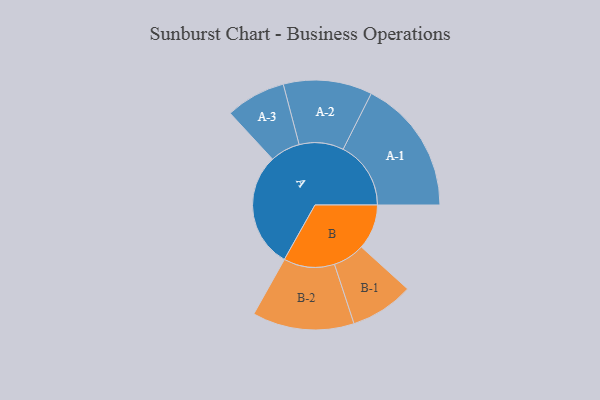
{"axis": {"x": "Segment", "y": "Value"}, "legend": ["", "A", "B"], "data": [{"x": "A", "y": 481, "type": ""}, {"x": "B", "y": 188, "type": ""}, {"x": "A-1", "y": 282, "type": "A"}, {"x": "A-2", "y": 185, "type": "A"}, {"x": "A-3", "y": 125, "type": "A"}, {"x": "B-1", "y": 132, "type": "B"}, {"x": "B-2", "y": 212, "type": "B"}]}